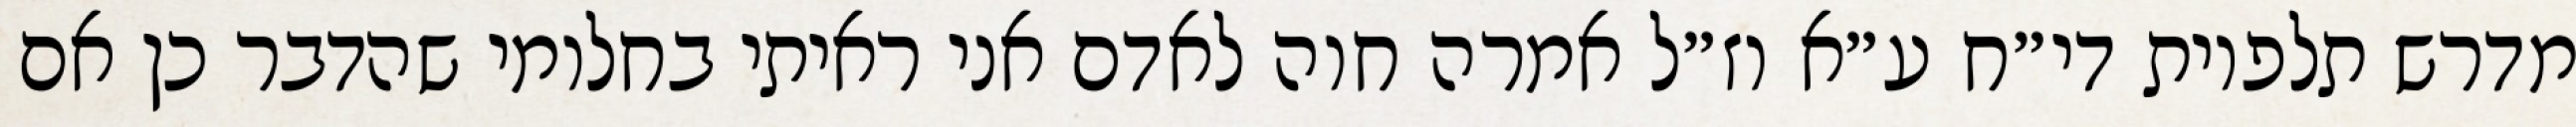
מדרש תלפיות די״ח ע״א וז״ל אמרה חוה לאדם אני ראיתי בחלומי שהדבר כן אם